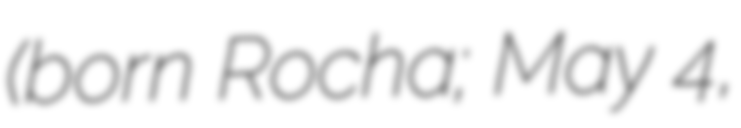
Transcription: (born Rocha; May 4,